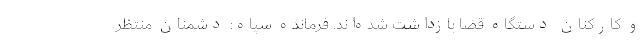
و کارکنان دستگاه قضا بازداشت شده‌اند. فرمانده سپاه: دشمنان منتظر